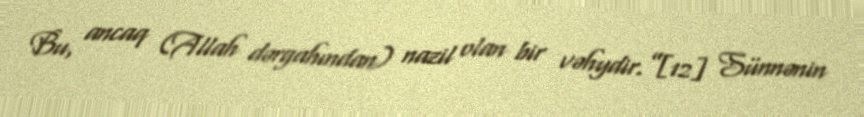
Bu, ancaq (Allah dərgahından) nazil olan bir vəhydir.”[12] Sünnənin